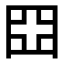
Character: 𡆵